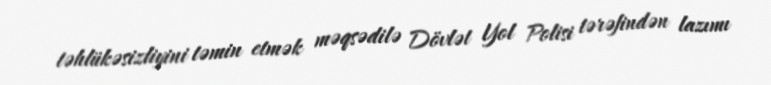
təhlükəsizliyini təmin etmək məqsədilə Dövlət Yol Polisi tərəfindən lazımı